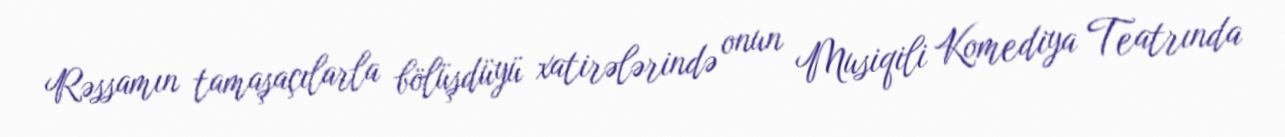
Rəssamın tamaşaçılarla bölüşdüyü xatirələrində onun Musiqili Komediya Teatrında